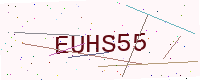
Text: EUHS55